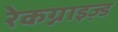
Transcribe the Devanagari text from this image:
रेकग्नाइज़्ड